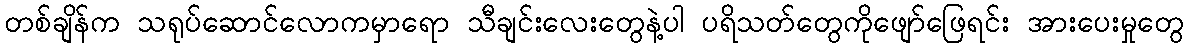
တစ်ချိန်က သရုပ်ဆောင်လောကမှာရော သီချင်းလေးတွေနဲ့ပါ ပရိသတ်တွေကိုဖျော်ဖြေရင်း အားပေးမှုတွေ